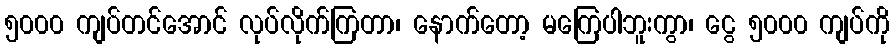
၅၀၀၀ ကျပ်တင်အောင် လုပ်လိုက်ကြတာ၊ နောက်တော့ မကြေပါဘူးကွာ၊ ငွေ ၅၀၀၀ ကျပ်ကို